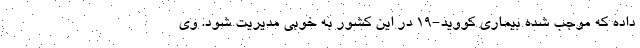
داده که موجب شده بیماری کووید-۱۹ در این کشور به خوبی مدیریت شود. وی